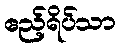
ဧည့်ရိပ်သာ